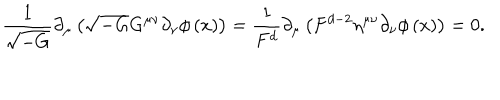
\frac 1 { \sqrt { - G } } \partial _ { \mu } \left( \sqrt { - G } G ^ { \mu \nu } \partial _ { \nu } \phi \left( x \right) \right) = \frac 1 { F ^ { d } } \partial _ { \mu } \left( F ^ { d - 2 } \eta ^ { \mu \nu } \partial _ { \nu } \phi \left( x \right) \right) = 0 .